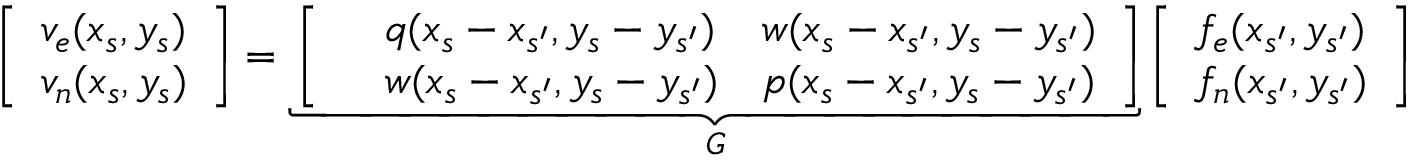
\left[ \begin{array} { l } { v _ { e } ( x _ { s } , y _ { s } ) } \\ { v _ { n } ( x _ { s } , y _ { s } ) } \end{array} \right] = \underbrace { \left[ \begin{array} { l l l } & { q ( x _ { s } - x _ { s ^ { \prime } } , y _ { s } - y _ { s ^ { \prime } } ) } & { w ( x _ { s } - x _ { s ^ { \prime } } , y _ { s } - y _ { s ^ { \prime } } ) } \\ & { w ( x _ { s } - x _ { s ^ { \prime } } , y _ { s } - y _ { s ^ { \prime } } ) } & { p ( x _ { s } - x _ { s ^ { \prime } } , y _ { s } - y _ { s ^ { \prime } } ) } \end{array} \right] } _ { G } \left[ \begin{array} { l } { f _ { e } ( x _ { s ^ { \prime } } , y _ { s ^ { \prime } } ) } \\ { f _ { n } ( x _ { s ^ { \prime } } , y _ { s ^ { \prime } } ) } \end{array} \right]